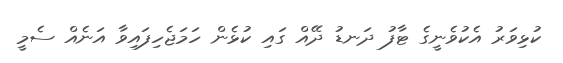
ކުޅިވަރު އެކުވެނީގެ ޓާފު ދަނޑު ދޭއް ގައި ކުޅެން ހަމަޖެހިފައިވާ އަނެއް ސެމީ